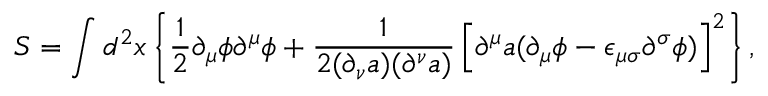
S = \int d ^ { 2 } x \left\{ { \frac 1 2 } { \partial } _ { \mu } { \phi } { \partial } ^ { \mu } { \phi } + \frac { 1 } { 2 ( { \partial } _ { \nu } a ) ( { \partial } ^ { \nu } a ) } \left[ { \partial } ^ { \mu } a ( { \partial } _ { \mu } { \phi } - { \epsilon } _ { { \mu } { \sigma } } { \partial } ^ { \sigma } { \phi } ) \right] ^ { 2 } \right\} ,